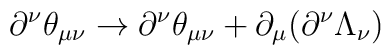
\partial^\nu\theta_{\mu\nu}\rightarrow\partial^\nu\theta_{\mu\nu}+\partial_\mu(\partial^\nu\Lambda_\nu)